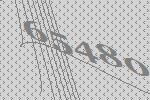
65480